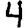
Digit: 4